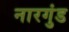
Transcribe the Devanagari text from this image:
नारगुंड